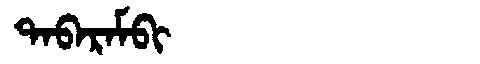
Manchu: ᡨᠠᠪᠠᡵᠠᠮᠪᡳ
Romanization: TABARAMBI